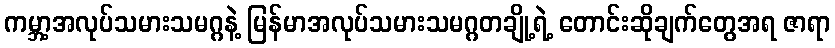
ကမ္ဘာ့အလုပ်သမားသမဂ္ဂနဲ့ မြန်မာအလုပ်သမားသမဂ္ဂတချို့ရဲ့ တောင်းဆိုချက်တွေအရ ဇာရာ